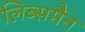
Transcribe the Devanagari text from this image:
लिब्समैन